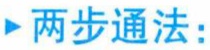
$\rhd$ 两步通法：